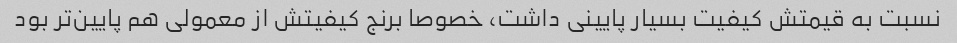
نسبت به قیمتش کیفیت بسیار پایینی داشت، خصوصا برنج کیفیتش از معمولی هم پایین‌تر بود